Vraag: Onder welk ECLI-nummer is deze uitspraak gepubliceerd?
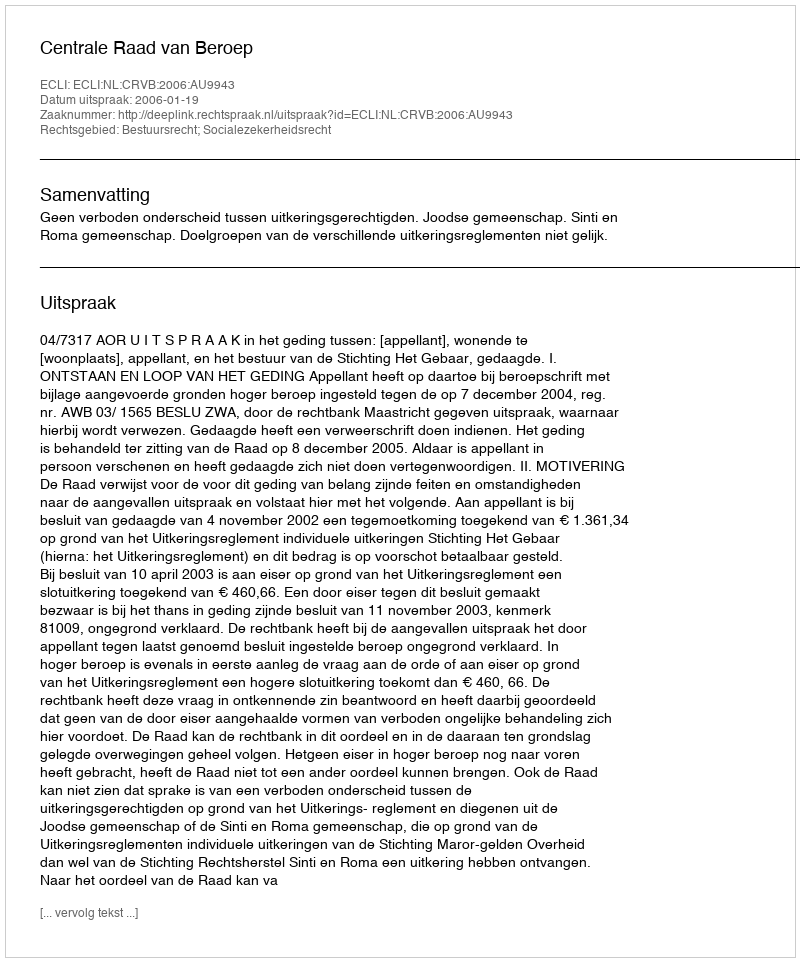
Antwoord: ECLI:NL:CRVB:2006:AU9943